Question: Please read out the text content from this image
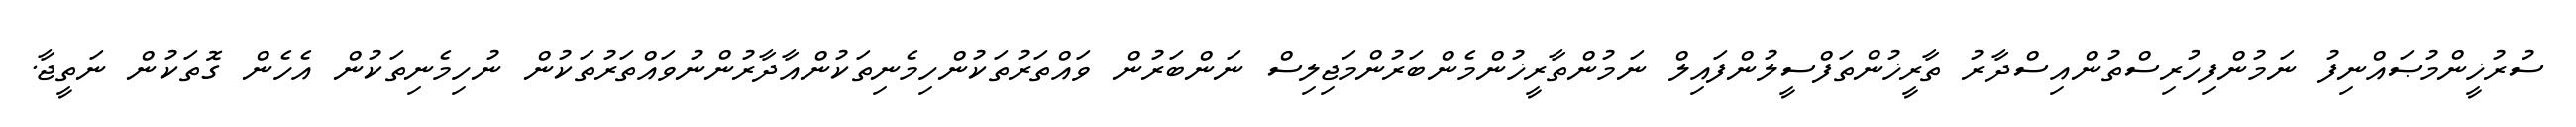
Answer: ސުރުޚީންމުޞައްނިފު ނަމުންފިހުރިސްތުންއިސްދާރު ތާރީޚުންތަފްސީލުންފައިލް ނަމުންތާރީޚުންމެންބަރުންމަޖިލިސް ނަންބަރުން ވައްތަރުތަކުންހިމެނިތަކުންއާދާރުންނުވައްތަރުތަކުން ނުހިމެނިތަކުން އެހެން ގޮތަކުން ނަތީޖާ.